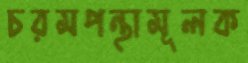
চরমপন্থামূলক